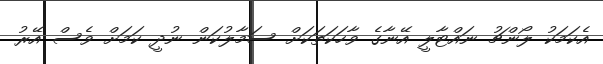
އެކަމަކު ލޯންޗު ނައްޓާލީ އޭނާގެ ވާހަކަތަކަށް ސަމާލުކަން ނުދީ ކަމަށް ވެސް އޭރު